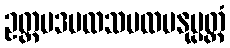
ဥတ္တမဒမထသမထမနုပ္ပတ္တံ